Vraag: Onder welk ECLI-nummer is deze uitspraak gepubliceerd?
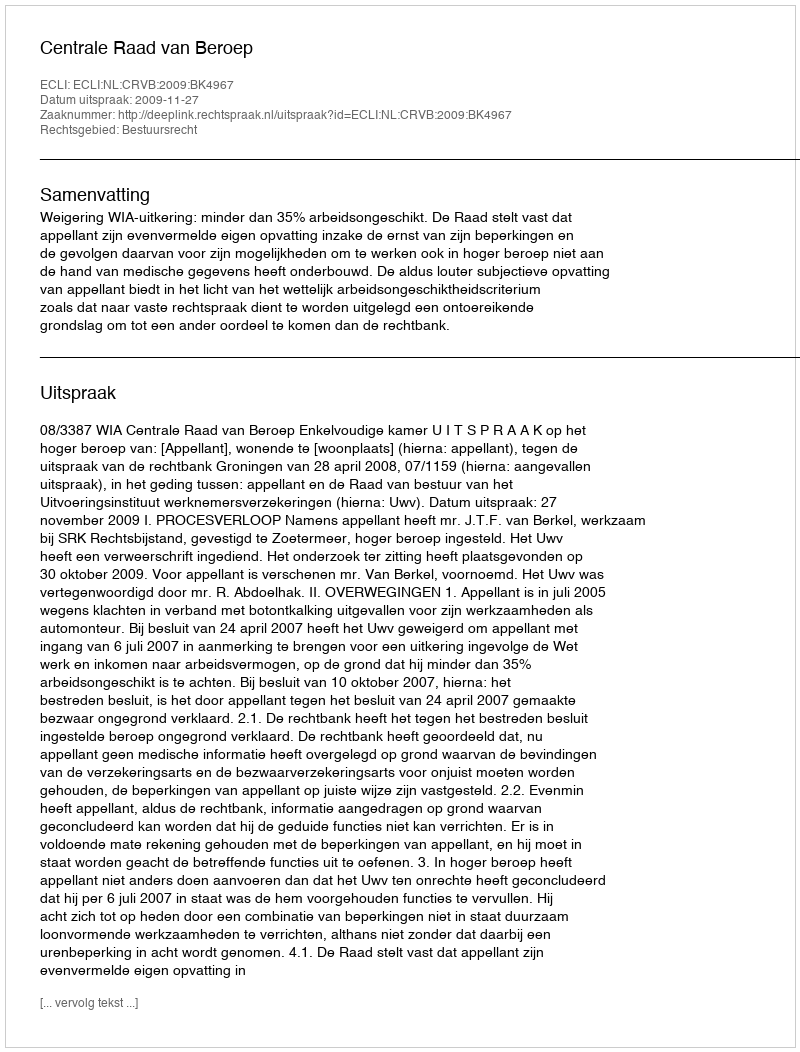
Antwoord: ECLI:NL:CRVB:2009:BK4967